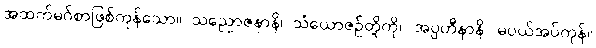
အထက်မဂ်စာဖြစ်ကုန်သော။ သညောဇနာနိ၊ သံယောဇဉ်တို့ကို။ အပ္ပဟီနာနိ၊ မပယ်အပ်ကုန်။